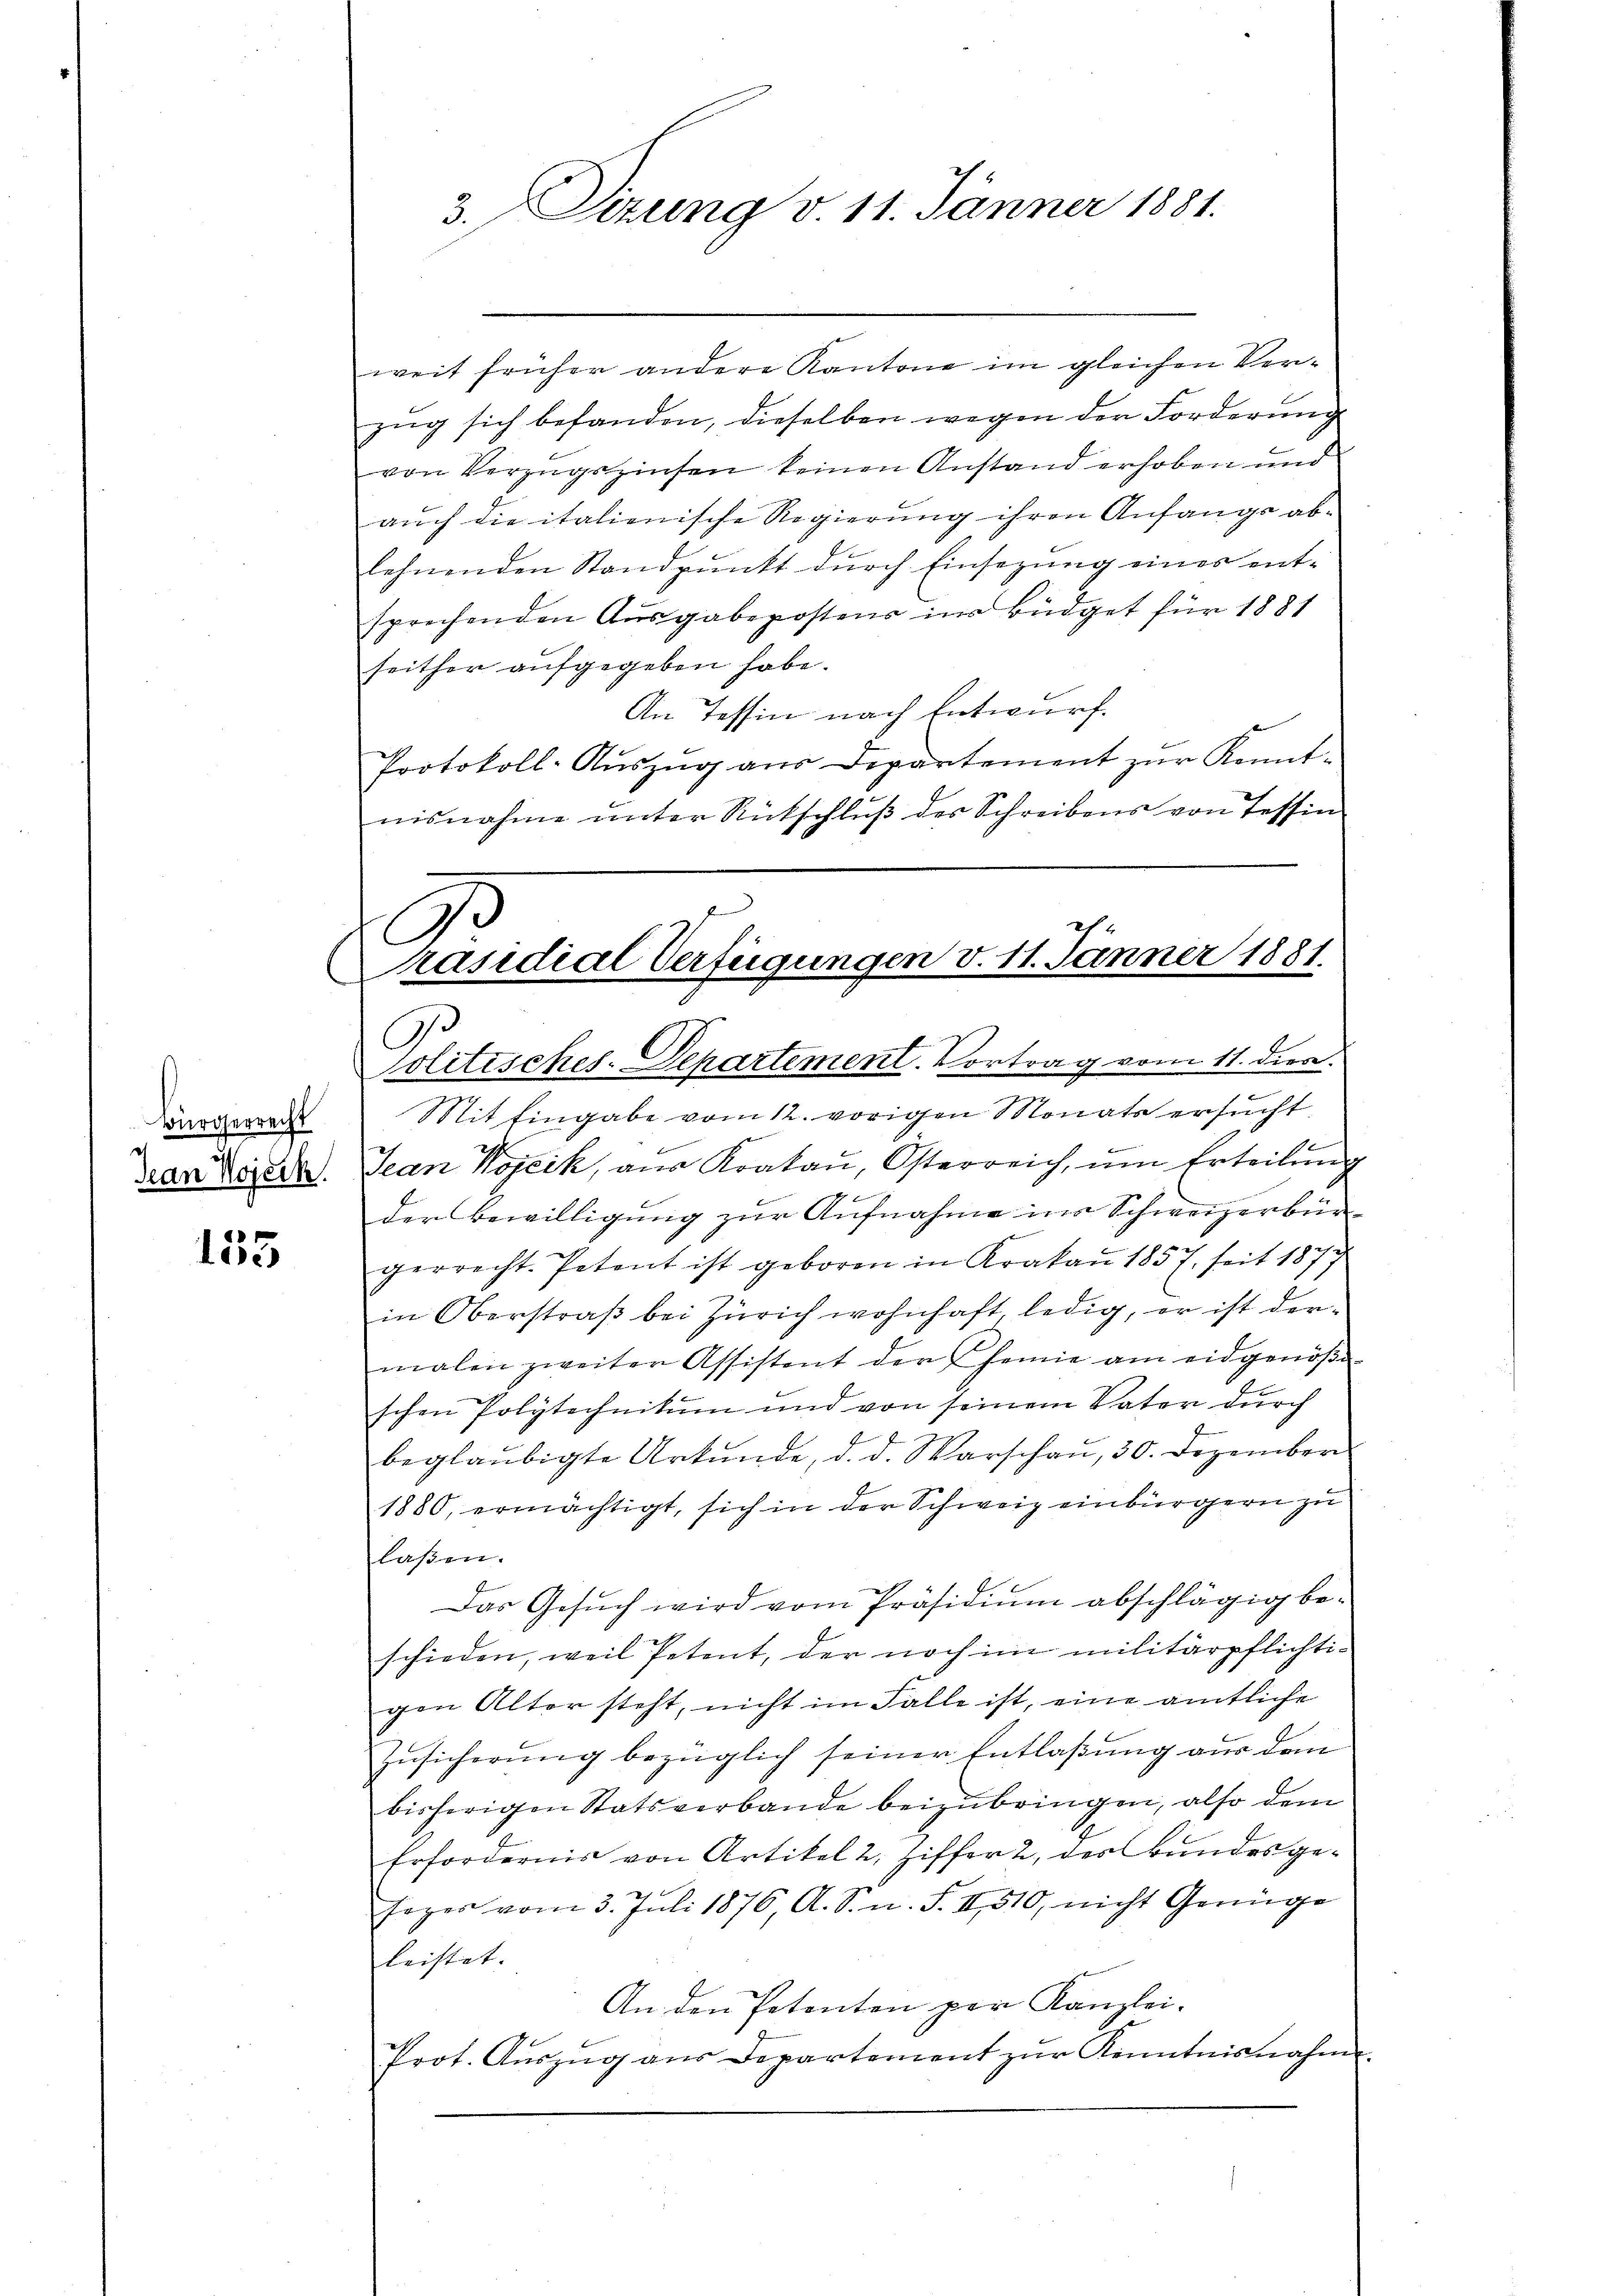
Bürgerrecht
Jean Wojeck.

153

weit früher andere Kantone im gleichen Verzug sich befanden, dieselben wegen der Forderung
von Verzugszinsen keinen Anstand erhoben und
auch die italienische Regierung ihren Anfangs ablehnenden Standpunkt durch Einsezung eines entsprechenden Ausgabepostens in Büdget für 1881
seither aufgegeben habe.
An Tessin nach Entwurf.
Protokoll-Aŭszŭg aŭs Departement zŭr Kennt-
nisnahme unter Rückschluß des Schreibens von Tessin

3. Sizung v. 11. Jänner 1881.

G
Präsidial Verfügungen v. 11. Jänner 1881.
C
olitisches-Departement. Vortrag vom 11. diene.

Mit Eingabe vom 12. vorigen Monats ersucht,
Jean Wojcik, aŭs Krakaŭ, Österreich, um Erteilŭng
der Bewilligŭng zŭr Aŭfnahme ins Schweizerbür
gerrecht. Petent ist geboren in Krakaṅ 1857 seit 1877
in Oberstraß bei Zürich wohnhaft ledig, er ist dermalen zweiter Assistent der Chemie am eidgenößi
schen Polytechnikum und von seinem Vater durch
beglaubigte Urkunde, d. d. Warschen, 30. Dezember
1880, ermächtigt, sich in der Schweiz einbürgern zu
laßen.
Das Gesŭch wird vom Präsidiŭm abschlägig be-
schieden, weil Petent, der noch im militärpflichtigen Alter steht, nicht im Falle ist, eine amtliche
Zusicherung bezüglich seiner Entlaßung aus dem
bisherigen Statsverbande beizubringen, also dem
Erfordernis von Artikel 2. Ziffer 2, des Bundesge¬
Foger vom 3. Juli 1876, A. S. n. F. II 510, nicht Genüge
leistet.
An den Petenten per Kanzlei-
Prot. Aŭszŭg aŭs Departement zŭr Kenntnisnahme.